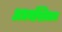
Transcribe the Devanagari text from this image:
अधर्मास्तिकाय